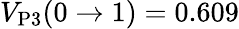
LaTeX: V_{\mathrm{P3}}(0\to 1)=0.609